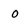
Character: O